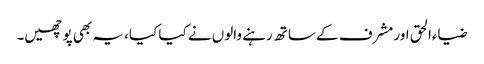
ضیاءالحق اور مشرف کے ساتھ رہنے والوں نے کیا کیا، یہ بھی پوچھیں۔